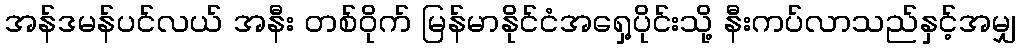
အန်ဒမန်ပင်လယ် အနီး တစ်ဝိုက် မြန်မာနိုင်ငံအရှေ့ပိုင်းသို့ နီးကပ်လာသည်နှင့်အမျှ